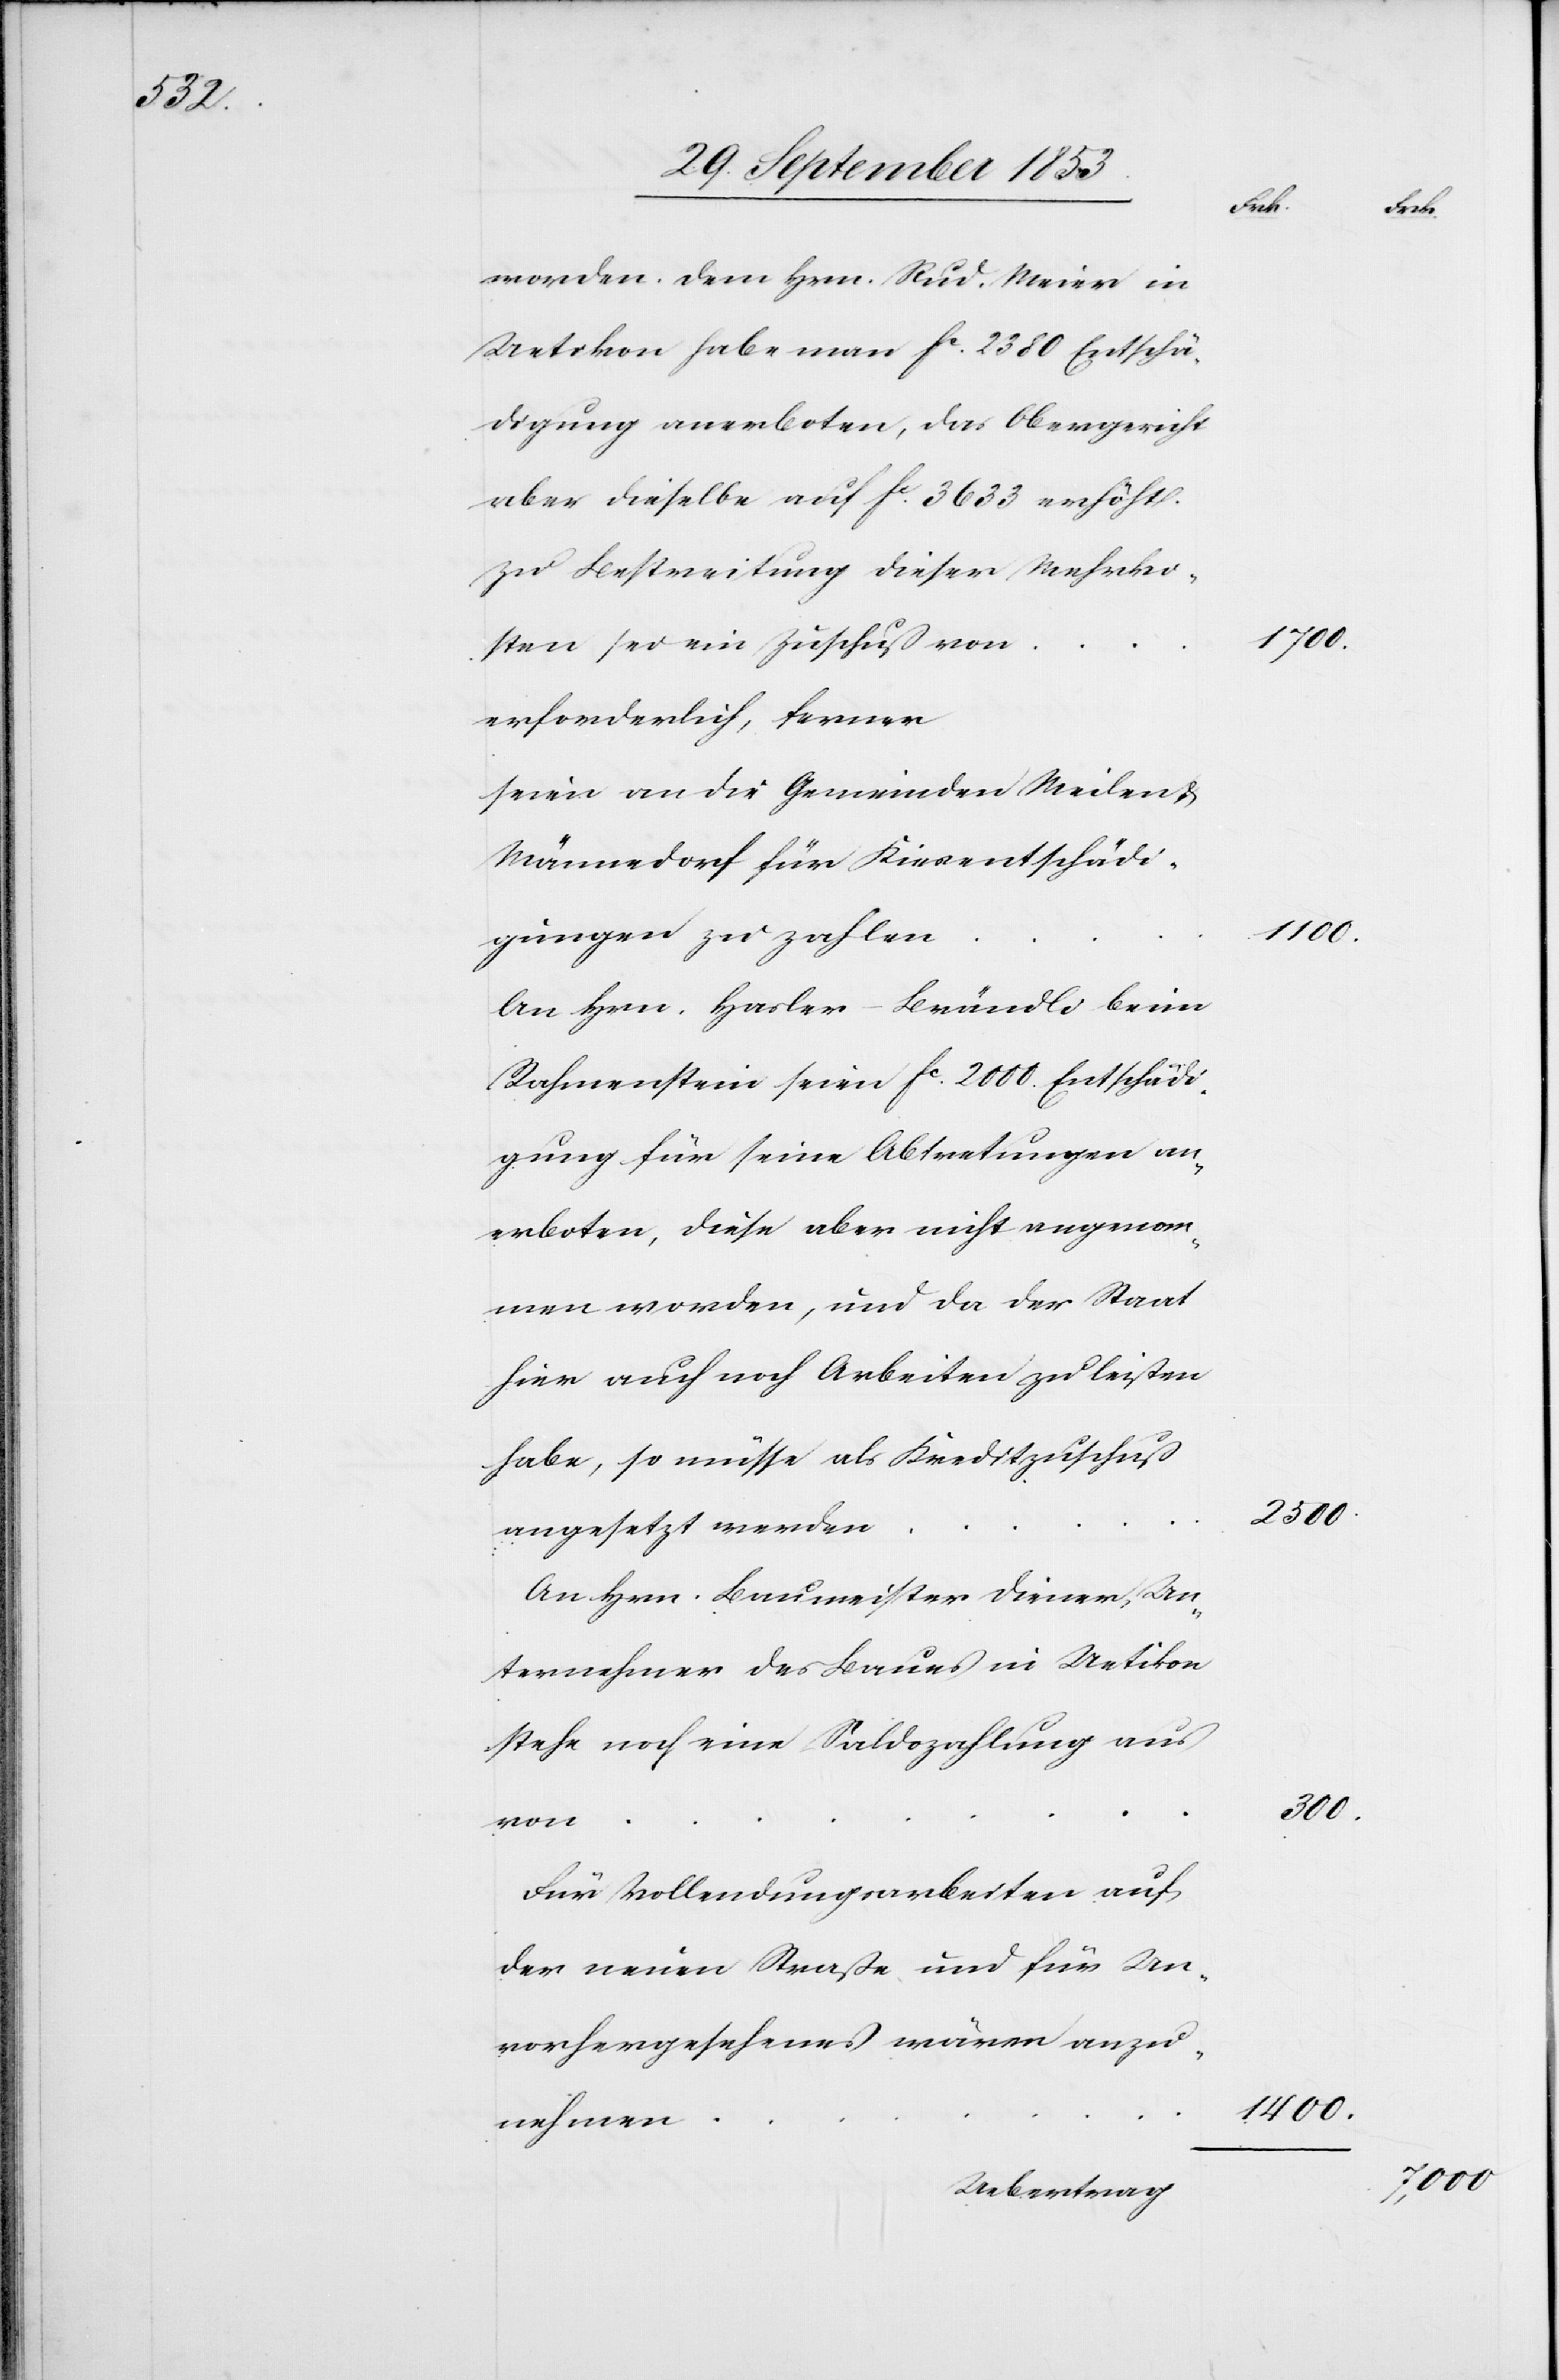
worden. Dem Hrn. Rud. Meier in
Uetikon habe man fc 2380 Entschä¬
digung anerboten, das Obergericht
aber dieselbe auf fc 3633 erhöht.
Zu Bestreitung dieser Mehrko¬
sten sei ein Zuschuß von
erforderlich, ferner
seien an die Gemeinden Meilen u.
Männedorf für Kirchentschädi¬
gungen zu zahlen
An Hrn. Hasler-Brändli beim
Rahmenstein seien fc 2000. Entschädi¬
gung für seine Abtretungen an¬
erboten, diese aber nicht angenom¬
men worden, und da der Staat
hier auch noch Arbeiten zu leisten
habe, so müsse als Kreditzuschuß
angesetzt werden
An Hrn. Baumeister Diener, Un¬
ternehmer des Baues in Uetikon
stehe noch eine Saldozahlung aus
von
Für Vollendungsarbeiten auf
der neuen Straße und für Un¬
vorhergesehenes wären anzu¬
nehmen
Uebetrag.

1700.
1100.
2500.
300.
1400.

7,000